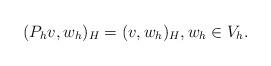
LaTeX: \begin{align*} ( P_h v, w_h )_H = (v, w_h)_H, w_h \in V_h.\end{align*}